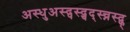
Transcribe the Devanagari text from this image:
अस्धुअस्द्पस्द्चद्स्च्नस्द्फ्